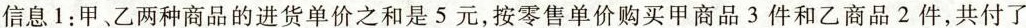
信息1：甲、乙两种商品的进货单价之和是5元，按零售单价购买甲商品3件和乙商品2件，共付了